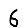
Digit: 6